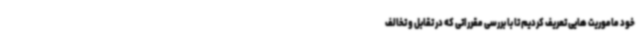
خود ماموریت هایی تعریف کردیم تا با بررسی مقرراتی که در تقابل و تخالف